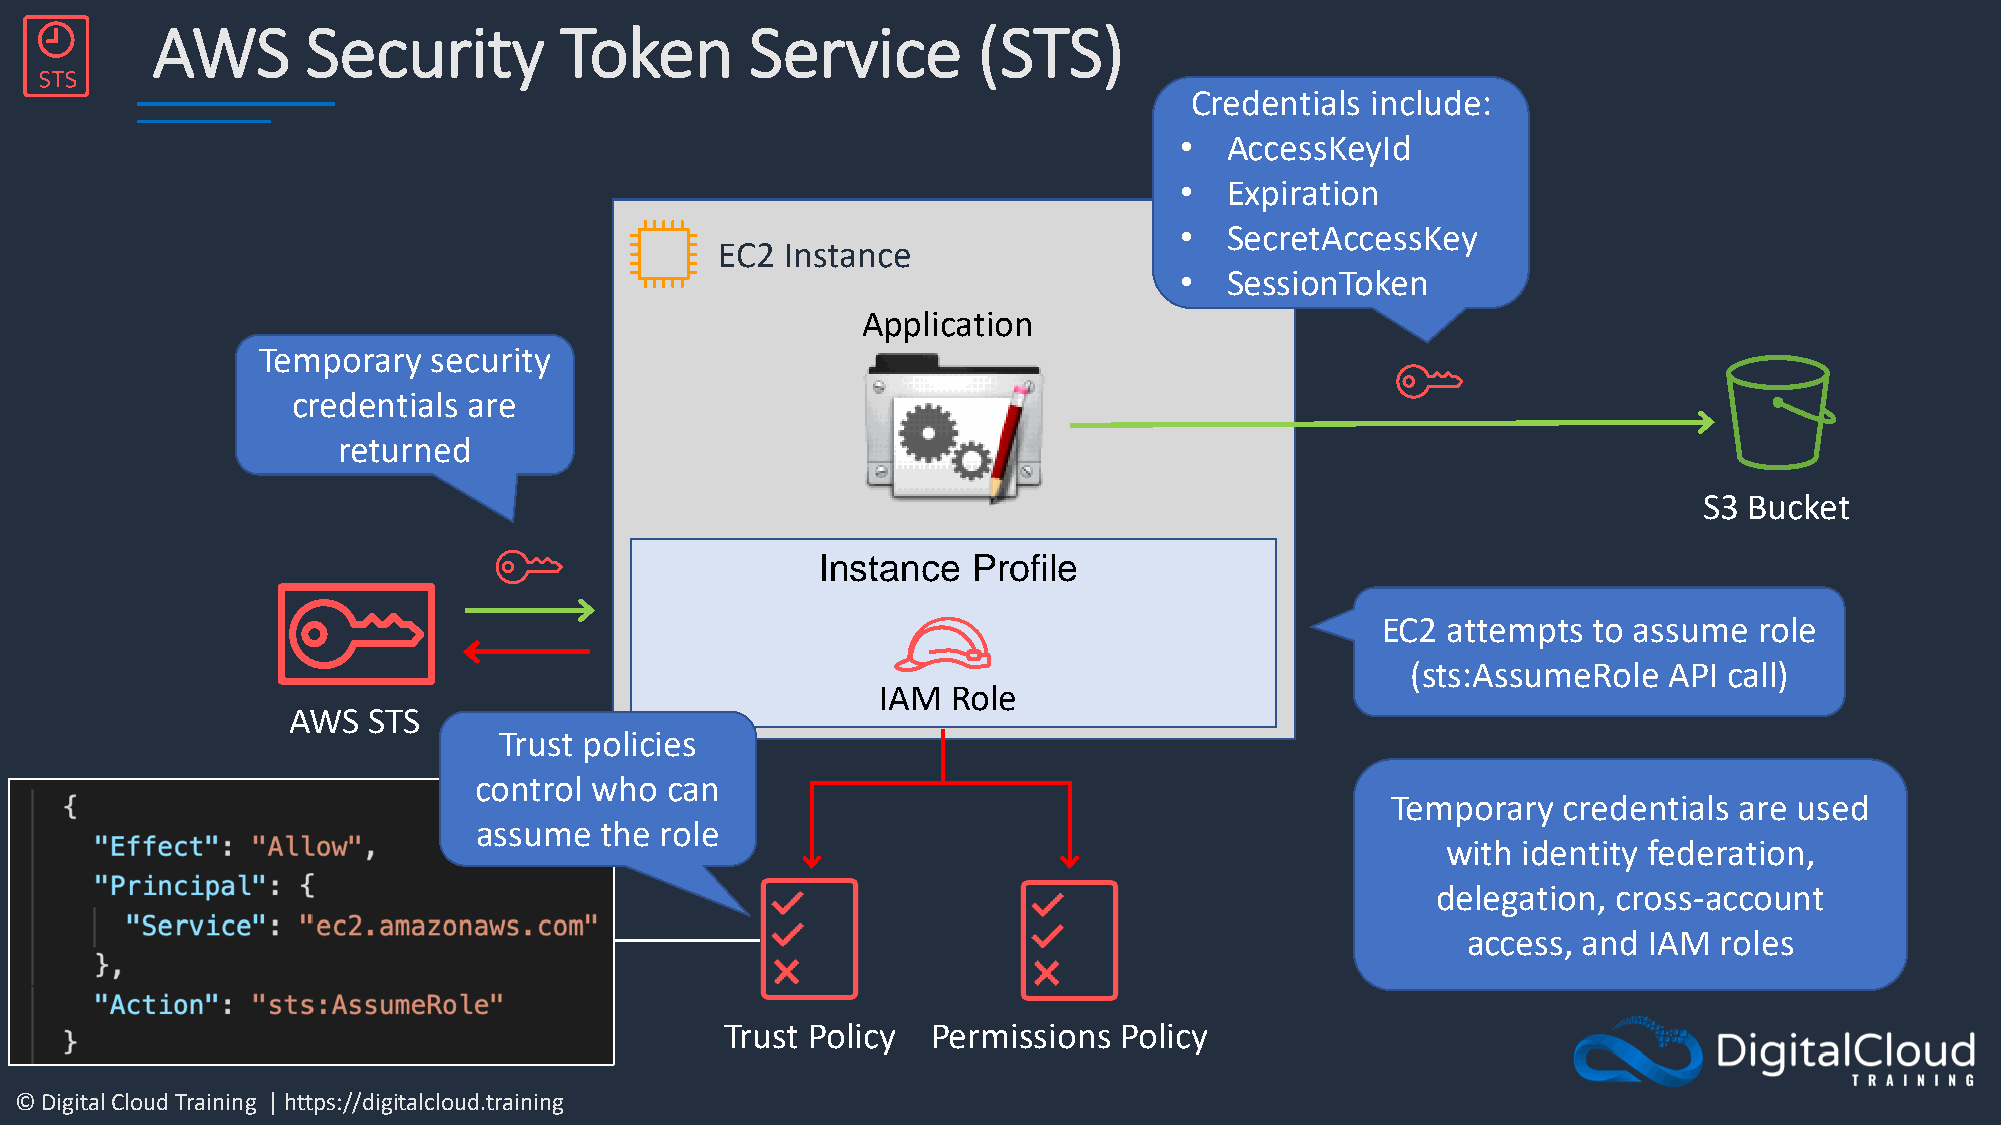
AWS       Security         Token        Service        (STS)
 Credentials include:
 •  AccessKeyId
 •  Expiration
 •  SecretAccessKey
 EC2 Instance
 •  SessionToken
 ApplicatioAnWS STS
 Temporary   security
 credentials are
 returned
 S3 Bucket
 Instance  Profile
 EC2  attempts to assume  role
 (sts:AssumeRole  API call)
 IAM  Role
 AWS  STS
 Trust policies
 control who  can
 Temporary  credentials are used
 assume  the role
 with identity federation,
 delegation, cross-account
 access, and IAM  roles
 Trust Policy  Permissions Policy
 © Digital Cloud Training | https://digitalcloud.training